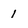
Character: 1